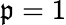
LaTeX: \mathfrak{p}=1